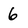
Character: 6